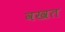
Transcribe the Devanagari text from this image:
वखत